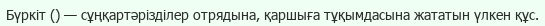
Бүркіт () — сұңқартәрізділер отрядына, қаршыға тұқымдасына жататын үлкен құс.